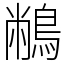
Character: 䳤